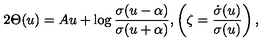
2 \Theta ( u ) = A u + \log \frac { \sigma ( u - \alpha ) } { \sigma ( u + \alpha ) } , \left( \zeta = \frac { \dot { \sigma } ( u ) } { \sigma ( u ) } \right) ,